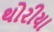
થોરીયા